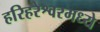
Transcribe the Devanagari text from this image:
हरिहरेश्वरमध्ये